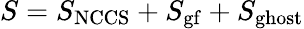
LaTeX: S=S_{\mathrm{NCCS}}+S_{\mathrm{gf}}+S_{\mathrm{ghost}}